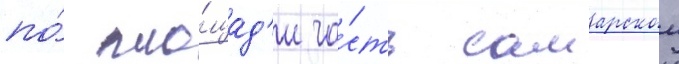
по́ пло́щад'и ча́сть самарскои